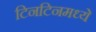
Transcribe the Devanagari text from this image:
टिनटिनमध्ये